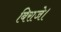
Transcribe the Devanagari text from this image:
बिराजे।